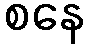
စနေ